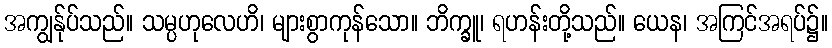
အကျွန်ုပ်သည်။ သမ္ပဟုလေဟိ၊ များစွာကုန်သော။ ဘိက္ခူ၊ ရဟန်းတို့သည်။ ယေန၊ အကြင်အရပ်၌။